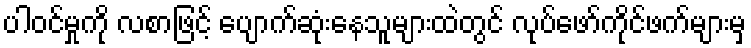
ပါဝင်မှုကို လစာဖြင့် ပျောက်ဆုံးနေသူများထဲတွင် လုပ်ဖော်ကိုင်ဖက်များမှ